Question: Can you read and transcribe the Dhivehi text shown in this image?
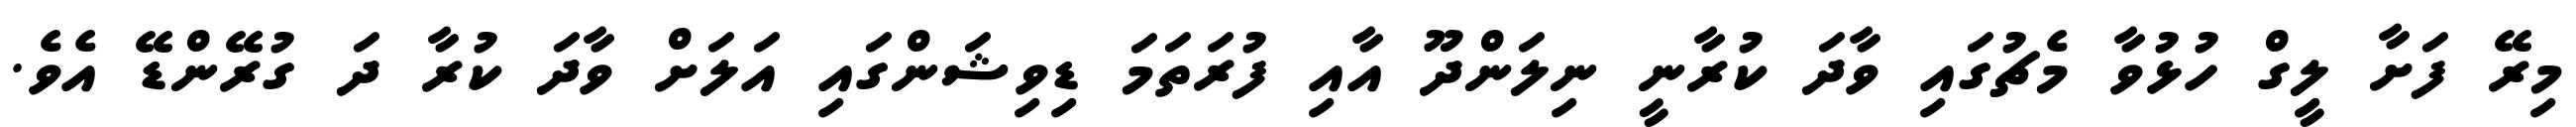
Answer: މިރޭ ފަށާ ލީިގް ހުޅުވާ މެޗުގައި ވާދަ ކުރާނީ ނިލަންދޫ އާއި ފުރަތަމަ ޑިވިޝަންގައި އަލަށް ވާދަ ކުރާ ދަ ގުރޭންޑޭ އެވެ.